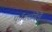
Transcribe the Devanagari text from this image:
पर्वतरांगेने